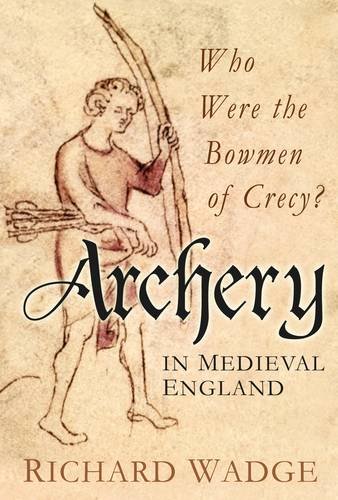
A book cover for Archery in Medieval England: Who Were the Bowmen of Crecy?; Richard Wadge; Sports & Outdoors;